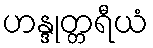
ဟန္ဒုတ္တရီယံ